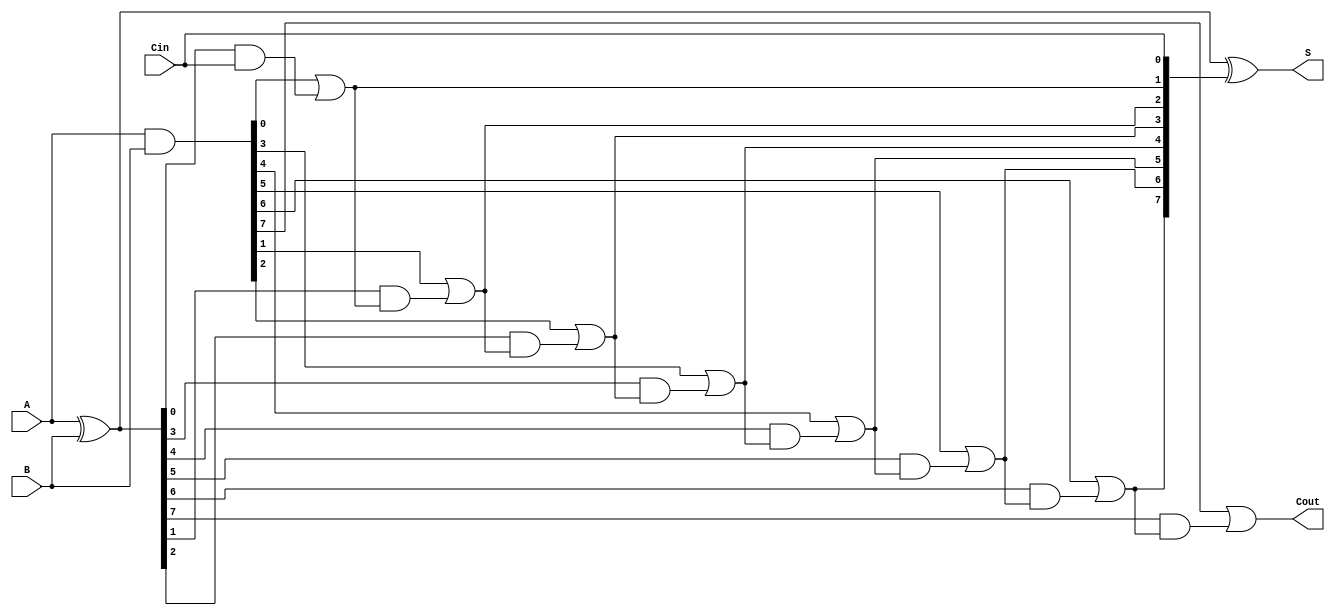
module Sklansky_Adder #(parameter n = 8) (
    input  wire [n-1:0] A,       // First n-bit input
    input  wire [n-1:0] B,       // Second n-bit input
    input  wire Cin,              // Input carry
    output wire [n-1:0] S,        // Sum output
    output wire Cout              // Output carry
);

    // Generate and Propagate signals
    wire [n-1:0] G; // Generate signals
    wire [n-1:0] P; // Propagate signals
    wire [n:0] C;   // Carry signals

    // Generate and Propagate calculations
    assign G = A & B;         // G[i] = A[i] & B[i]
    assign P = A ^ B;         // P[i] = A[i] ^ B[i]

    // Carry calculations
    assign C[0] = Cin;        // C[0] = Cin

    genvar i;
    generate
        for (i = 0; i < n; i = i + 1) begin : carry_calc
            if (i == 0) begin
                assign C[i + 1] = G[i] | (P[i] & C[i]); // C[1]
            end else begin
                assign C[i + 1] = G[i] | (P[i] & C[i]); // C[i + 1]
            end
        end
    endgenerate

    // Sum calculation
    assign S = P ^ C[n-1:0]; // S[i] = P[i] ^ C[i]

    // Final carry output
    assign Cout = C[n];      // Cout = C[n]

endmodule